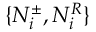
\{ N _ { i } ^ { \pm } , N _ { i } ^ { R } \}